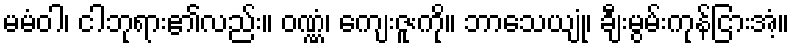
မမံဝါ၊ ငါဘုရား၏လည်း။ ဝဏ္ဏံ၊ ကျေးဇူးကို။ ဘာသေယျုံ၊ ချီးမွမ်းကုန်ငြားအံ့။